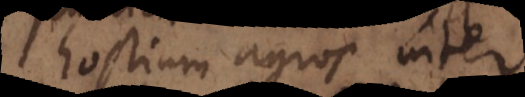
hostium agros inter